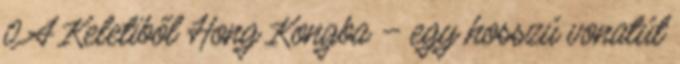
0 A Keletiből Hong Kongba – egy hosszú vonatút